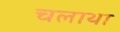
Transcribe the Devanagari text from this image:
चलाथा